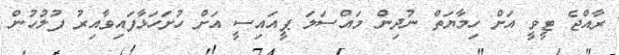
ރާއްޖެ ޓީވީ އަށް ހިމާޔަތް ނުދިން މައްސަލަ ޕީއައިސީ އަށް ހުށަހަޅާފައިވާއިރު ފުލުހުން